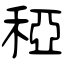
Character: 稏